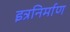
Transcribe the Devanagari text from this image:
इत्रनिर्माण